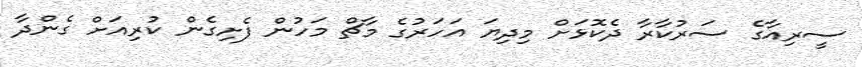
ސީރިއާގެ ސަރުކާރާ ދެކޮޅަށް މިދިޔަ އަހަރުގެ މާޗް މަހުން ފެށިގެން ކުރިއަށް ގެންދާ